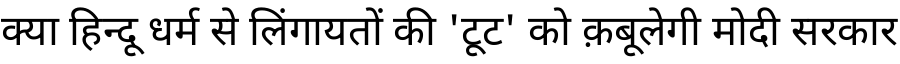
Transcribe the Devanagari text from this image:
क्या हिन्दू धर्म से लिंगायतों की 'टूट' को क़बूलेगी मोदी सरकार